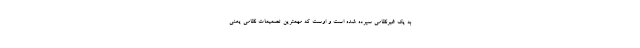
به یک غیرنظامی سپرده شده است و اوست که مهمترین تصمیمات نظامی یعنی